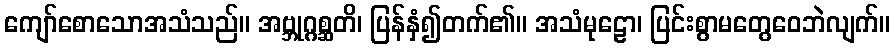
ကျော်စောသောအသံသည်။ အဗ္ဘုဂ္ဂစ္ဆတိ၊ ပြန်နှံ၍တက်၏။ အသံမုဠော၊ ပြင်းစွာမတွေဝေဘဲလျက်။